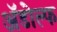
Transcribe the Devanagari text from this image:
ॲडोल्फ